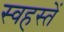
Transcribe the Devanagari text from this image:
स्वहस्तें